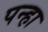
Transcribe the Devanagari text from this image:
पन्हा